Lunatic asylums in Bengal annual reports 1912-1924 - 1912-1924
Year: 1912
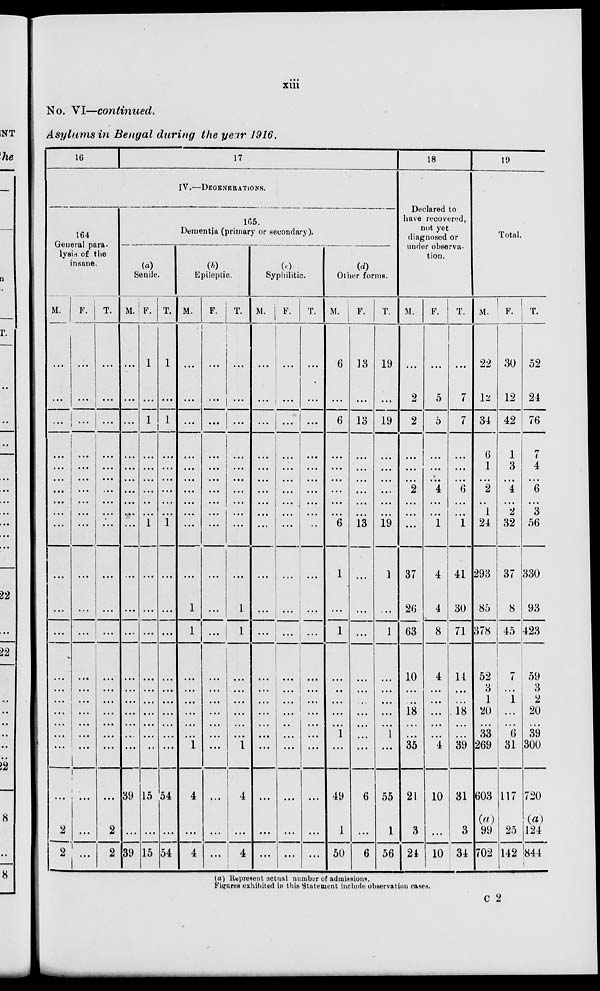
xiii
No. VI—continued.
Asylums in Bengal during the year 1916.
16
17
IV.—DEGENERATIONS.
164
General para-
lysis of the
insane.
M.
...
...
...
...
...
...
...
...
...
...
...
...
...
...
...
...
...
...
...
...
...
2
2
F.
...
...
...
...
...
...
...
...
...
...
...
...
...
...
...
...
...
...
...
...
...
...
...
T.
...
...
...
...
...
...
...
...
...
...
...
...
...
...
...
...
...
...
...
...
...
2
2
165.
Dementia (primary or secondary).
(a)
Senile.
M.
...
...
...
...
...
...
...
...
...
...
...
...
...
...
...
...
...
...
...
...
39
...
39
F.
1
...
1
...
...
...
...
...
...
1
...
...
...
...
...
...
...
...
...
...
15
...
15
T.
1
...
1
...
...
...
...
...
...
1
...
...
...
...
...
...
...
...
...
...
54
...
54
(b)
Epileptic.
M.
...
...
...
...
...
...
...
...
...
...
...
1
1
...
...
...
...
...
...
1
4
...
4
F.
...
...
...
...
...
...
...
...
...
...
...
...
...
...
...
...
...
...
...
...
...
...
...
T.
...
...
...
...
...
...
...
...
...
...
...
1
1
...
...
...
...
...
...
1
4
...
4
(c)
Syphilitic.
M.
...
...
...
...
...
...
...
...
...
...
...
...
...
...
...
...
...
...
...
...
...
...
...
F.
...
...
...
...
...
...
...
...
...
...
...
...
...
...
...
...
...
...
...
...
...
...
...
T.
...
...
...
...
...
...
...
...
...
...
...
...
...
...
...
...
...
...
...
...
...
...
...
(d)
Other forms.
M.
6
...
6
...
...
...
...
...
...
6
1
...
1
...
...
...
...
...
1
...
49
1
50
F.
13
...
13
...
...
...
...
...
...
13
...
...
...
...
...
...
...
...
...
...
6
...
6
T.
19
...
19
...
...
...
...
...
...
19
1
...
1
...
...
...
...
...
1
...
55
1
56
18
Declared to
have recovered,
not yet
diagnosed or
under observa-
tion.
M.
...
2
2
...
...
...
2
...
...
...
37
26
63
10
...
...
18
...
...
35
21
3
24
F.
...
5
5
...
...
...
4
...
...
1
4
4
8
4
...
...
...
...
...
4
10
...
10
T.
...
7
7
...
...
...
6
...
...
1
41
30
71
14
...
...
18
...
...
39
31
3
34
19
Total.
M.
22
12
34
6
1
...
2
...
1
24
293
85
378
52
3
1
20
...
33
269
603
(a)
99
702
F.
30
12
42
1
3
...
4
...
2
32
37
8
45
7
...
1
...
...
6
31
117
25
142
T.
52
24
76
7
4
...
6
...
3
56
330
93
423
59
3
2
20
...
39
300
720
(a)
124
844
(a) Represent actual number of admissions.
Figures exhibited in this Statement include observation cases.
C 2